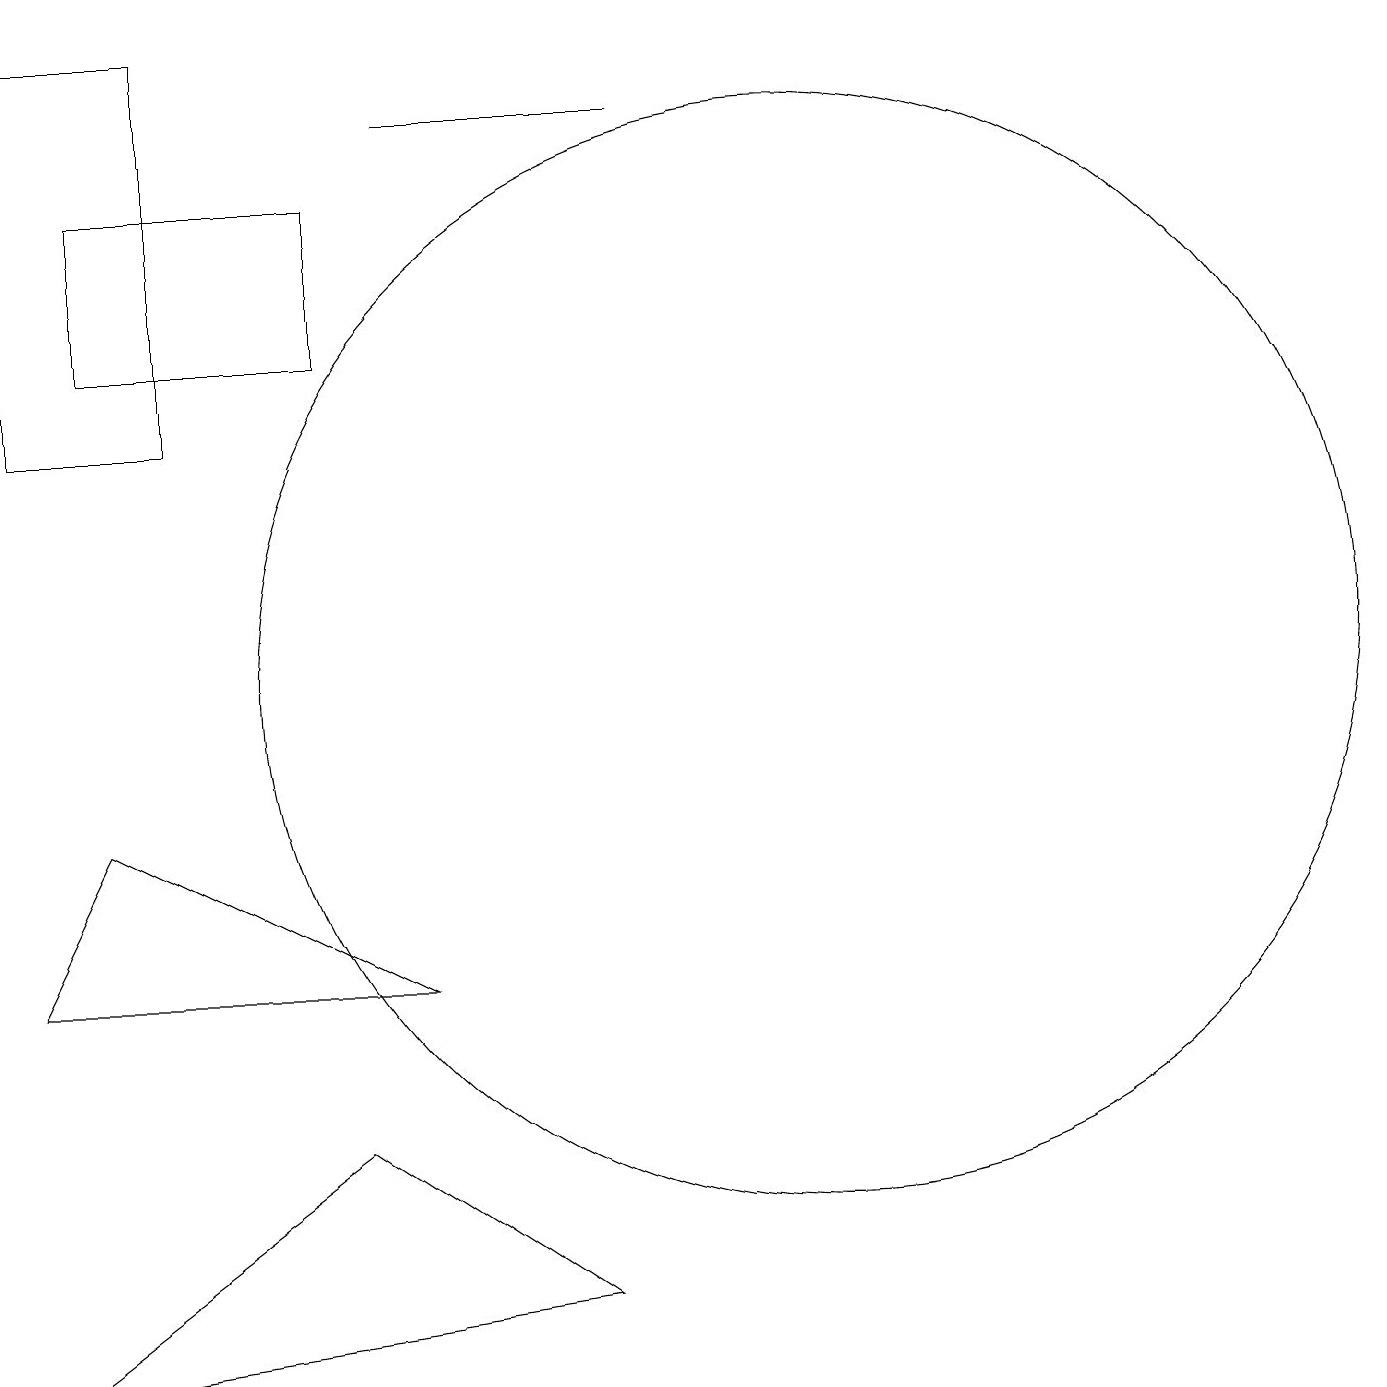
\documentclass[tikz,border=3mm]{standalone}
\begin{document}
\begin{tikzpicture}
\draw (5,4) -- (1,1) -- (8,2) -- cycle;
\draw (1,18) rectangle (3,13);
\draw (11,10) circle (7);
\draw (6,6) -- (2,8) -- (1,6) -- cycle;
\draw (6,17) rectangle (9,17);
\draw (5,16) rectangle (2,14);
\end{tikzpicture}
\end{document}